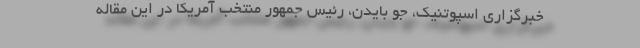
خبرگزاری اسپوتنیک، جو بایدن، رئیس جمهور منتخب آمریکا در این مقاله